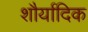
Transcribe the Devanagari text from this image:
शौर्यादिक